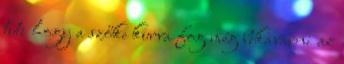
tuti hogy a szőke kurva fog még bekavarni az